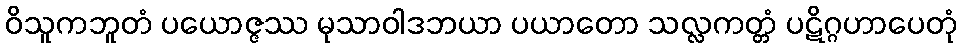
ဝိသူကဘူတံ ပယောဇ္ဇဿ မုသာဝါဒဘယာ ပယာတော သလ္လကတ္တံ ပဋိဂ္ဂဟာပေတုံ